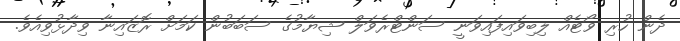
ދެން ހުރި ވޯޓެއް ލިބިވައިފައިވަނީ ސަންޓްރެވަލް ޝިޔާމުގެ ސަބަބުން ކަމަށް ރޮޒައިނާ ވިދާޅުވިއެވެ.